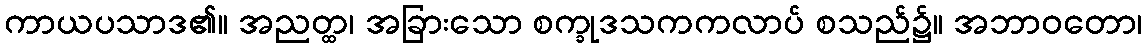
ကာယပသာဒ၏။ အညတ္ထ၊ အခြားသော စက္ခုဒသကကလာပ် စသည်၌။ အဘာဝတော၊